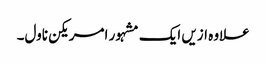
علاوہ ازیں ایک مشہور امریکن ناول۔